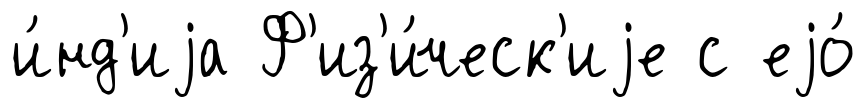
и́нд'иjа Ф'из'и́ческ'иjе с еjо́